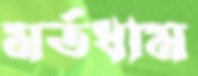
মর্তধাম